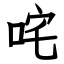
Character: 咤